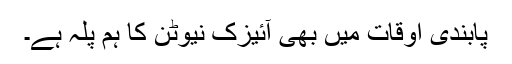
پابندی اوقات میں بھی آئیزک نیوٹن کا ہم پلہ ہے۔